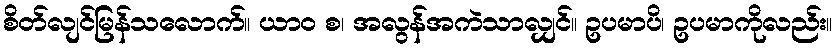
စိတ်လျင်မြန်သလောက်။ ယာဝ စ၊ အလွန်အကဲသာလျှင်။ ဥပမာပိ၊ ဥပမာကိုလည်း။